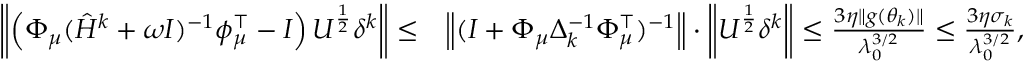
\begin{array} { r l } { \left\| \left( \Phi _ { \mu } ( \hat { H } ^ { k } + \omega I ) ^ { - 1 } \phi _ { \mu } ^ { \top } - I \right) U ^ { \frac { 1 } { 2 } } \delta ^ { k } \right\| \leq } & { \left\| ( I + \Phi _ { \mu } \Delta _ { k } ^ { - 1 } \Phi _ { \mu } ^ { \top } ) ^ { - 1 } \right\| \cdot \left\| U ^ { \frac { 1 } { 2 } } \delta ^ { k } \right\| \leq \frac { 3 \eta \| g ( \theta _ { k } ) \| } { \lambda _ { 0 } ^ { 3 / 2 } } \leq \frac { 3 \eta \sigma _ { k } } { \lambda _ { 0 } ^ { 3 / 2 } } , } \end{array}